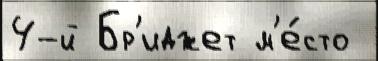
4-й Бр'иджет м'е́сто